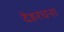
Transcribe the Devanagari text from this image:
देहरचना